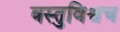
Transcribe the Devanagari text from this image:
वस्तुविश्वच